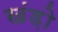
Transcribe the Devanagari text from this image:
खंड़ो